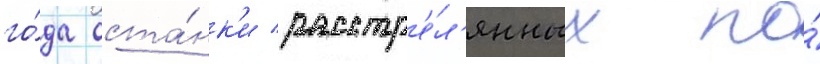
го́да оста́нк'и расстр'е́л'янных по́